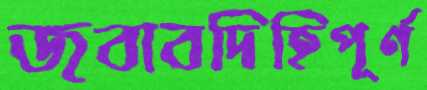
জবাবদিহিপূর্ণ